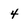
Character: 4